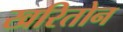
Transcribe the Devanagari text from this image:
खरितोन